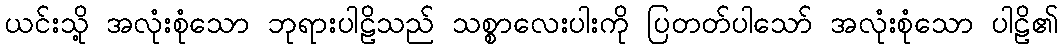
ယင်းသို့ အလုံးစုံသော ဘုရားပါဠိသည် သစ္စာလေးပါးကို ပြတတ်ပါသော် အလုံးစုံသော ပါဠိ၏